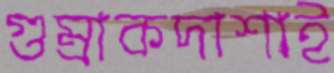
গুম্‌রাকদাশাই